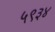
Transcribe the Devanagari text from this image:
५९३४